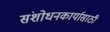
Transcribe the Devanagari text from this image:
संशोधनकार्यासाठी